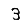
Digit: 3